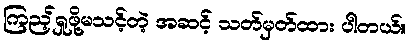
ကြည့်ရှုဖို့မသင့်တဲ့ အဆင့် သတ်မှတ်ထား ပါတယ်။